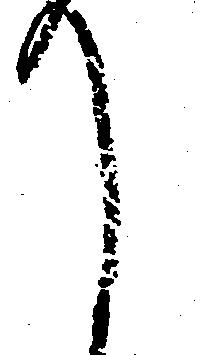
て